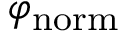
\varphi _ { \mathrm { n o r m } }